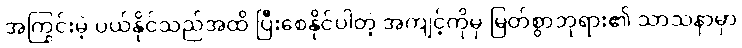
အကြွင်းမဲ့ ပယ်နိုင်သည်အထိ ပြီးစေနိုင်ပါတဲ့ အကျင့်ကိုမှ မြတ်စွာဘုရား၏ သာသနာမှာ